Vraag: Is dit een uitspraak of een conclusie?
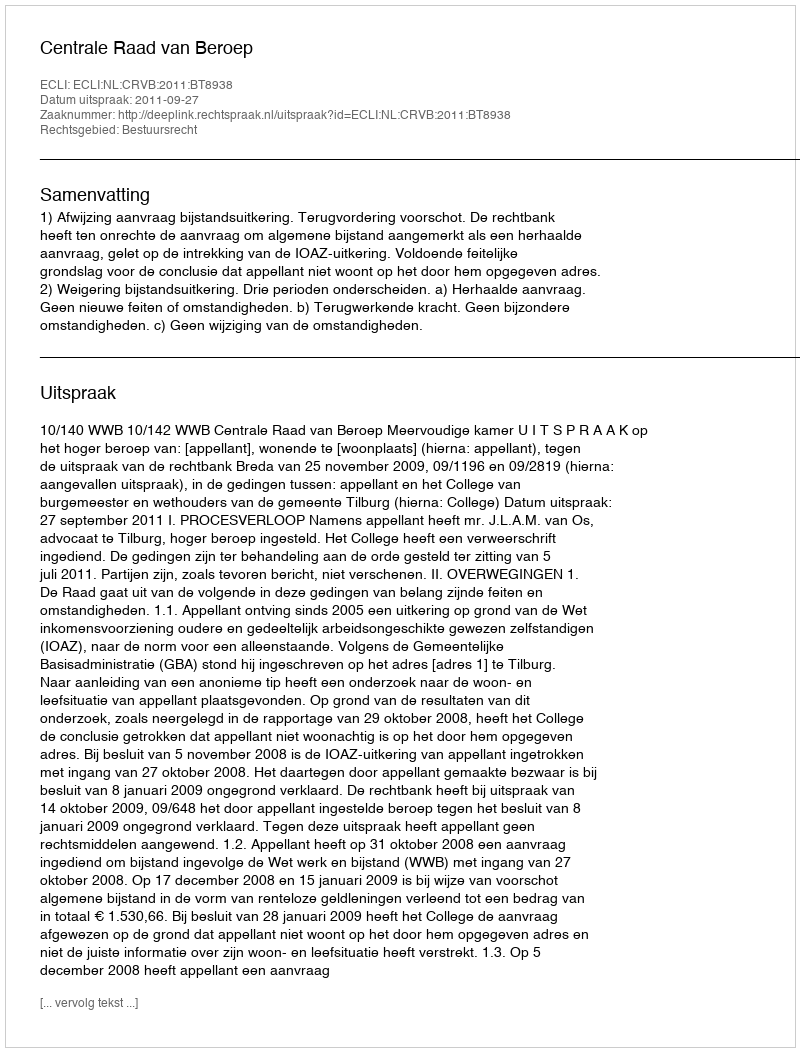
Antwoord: Uitspraak